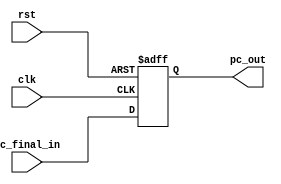
`timescale 1ns / 1ps
//////////////////////////////////////////////////////////////////////////////////
// Company: 
// Engineer: 
// 
// Design Name: 
// Module Name:    program_counter 
// Project Name: 
// Target Devices: 
// Tool versions: 
// Description: 
//
// Dependencies: 
//
// Revision: 
// Revision 0.01 - File Created
// Additional Comments: 
//
//////////////////////////////////////////////////////////////////////////////////
/*
	The program counter is updated at every clock cycle, the same is handled by the 
	clock cycle.
	The value incoming is determined by the branching logic in place
*/
module program_counter(
	input [31:0] pc_final_in,
	input				clk,
						rst,
	output [31:0] pc_out
    );

	reg [31:0] pc;
	assign pc_out = pc;

	always @(posedge clk or posedge rst) begin
		if (rst) pc <= 0;
		else pc <= pc_final_in;
	end

endmodule